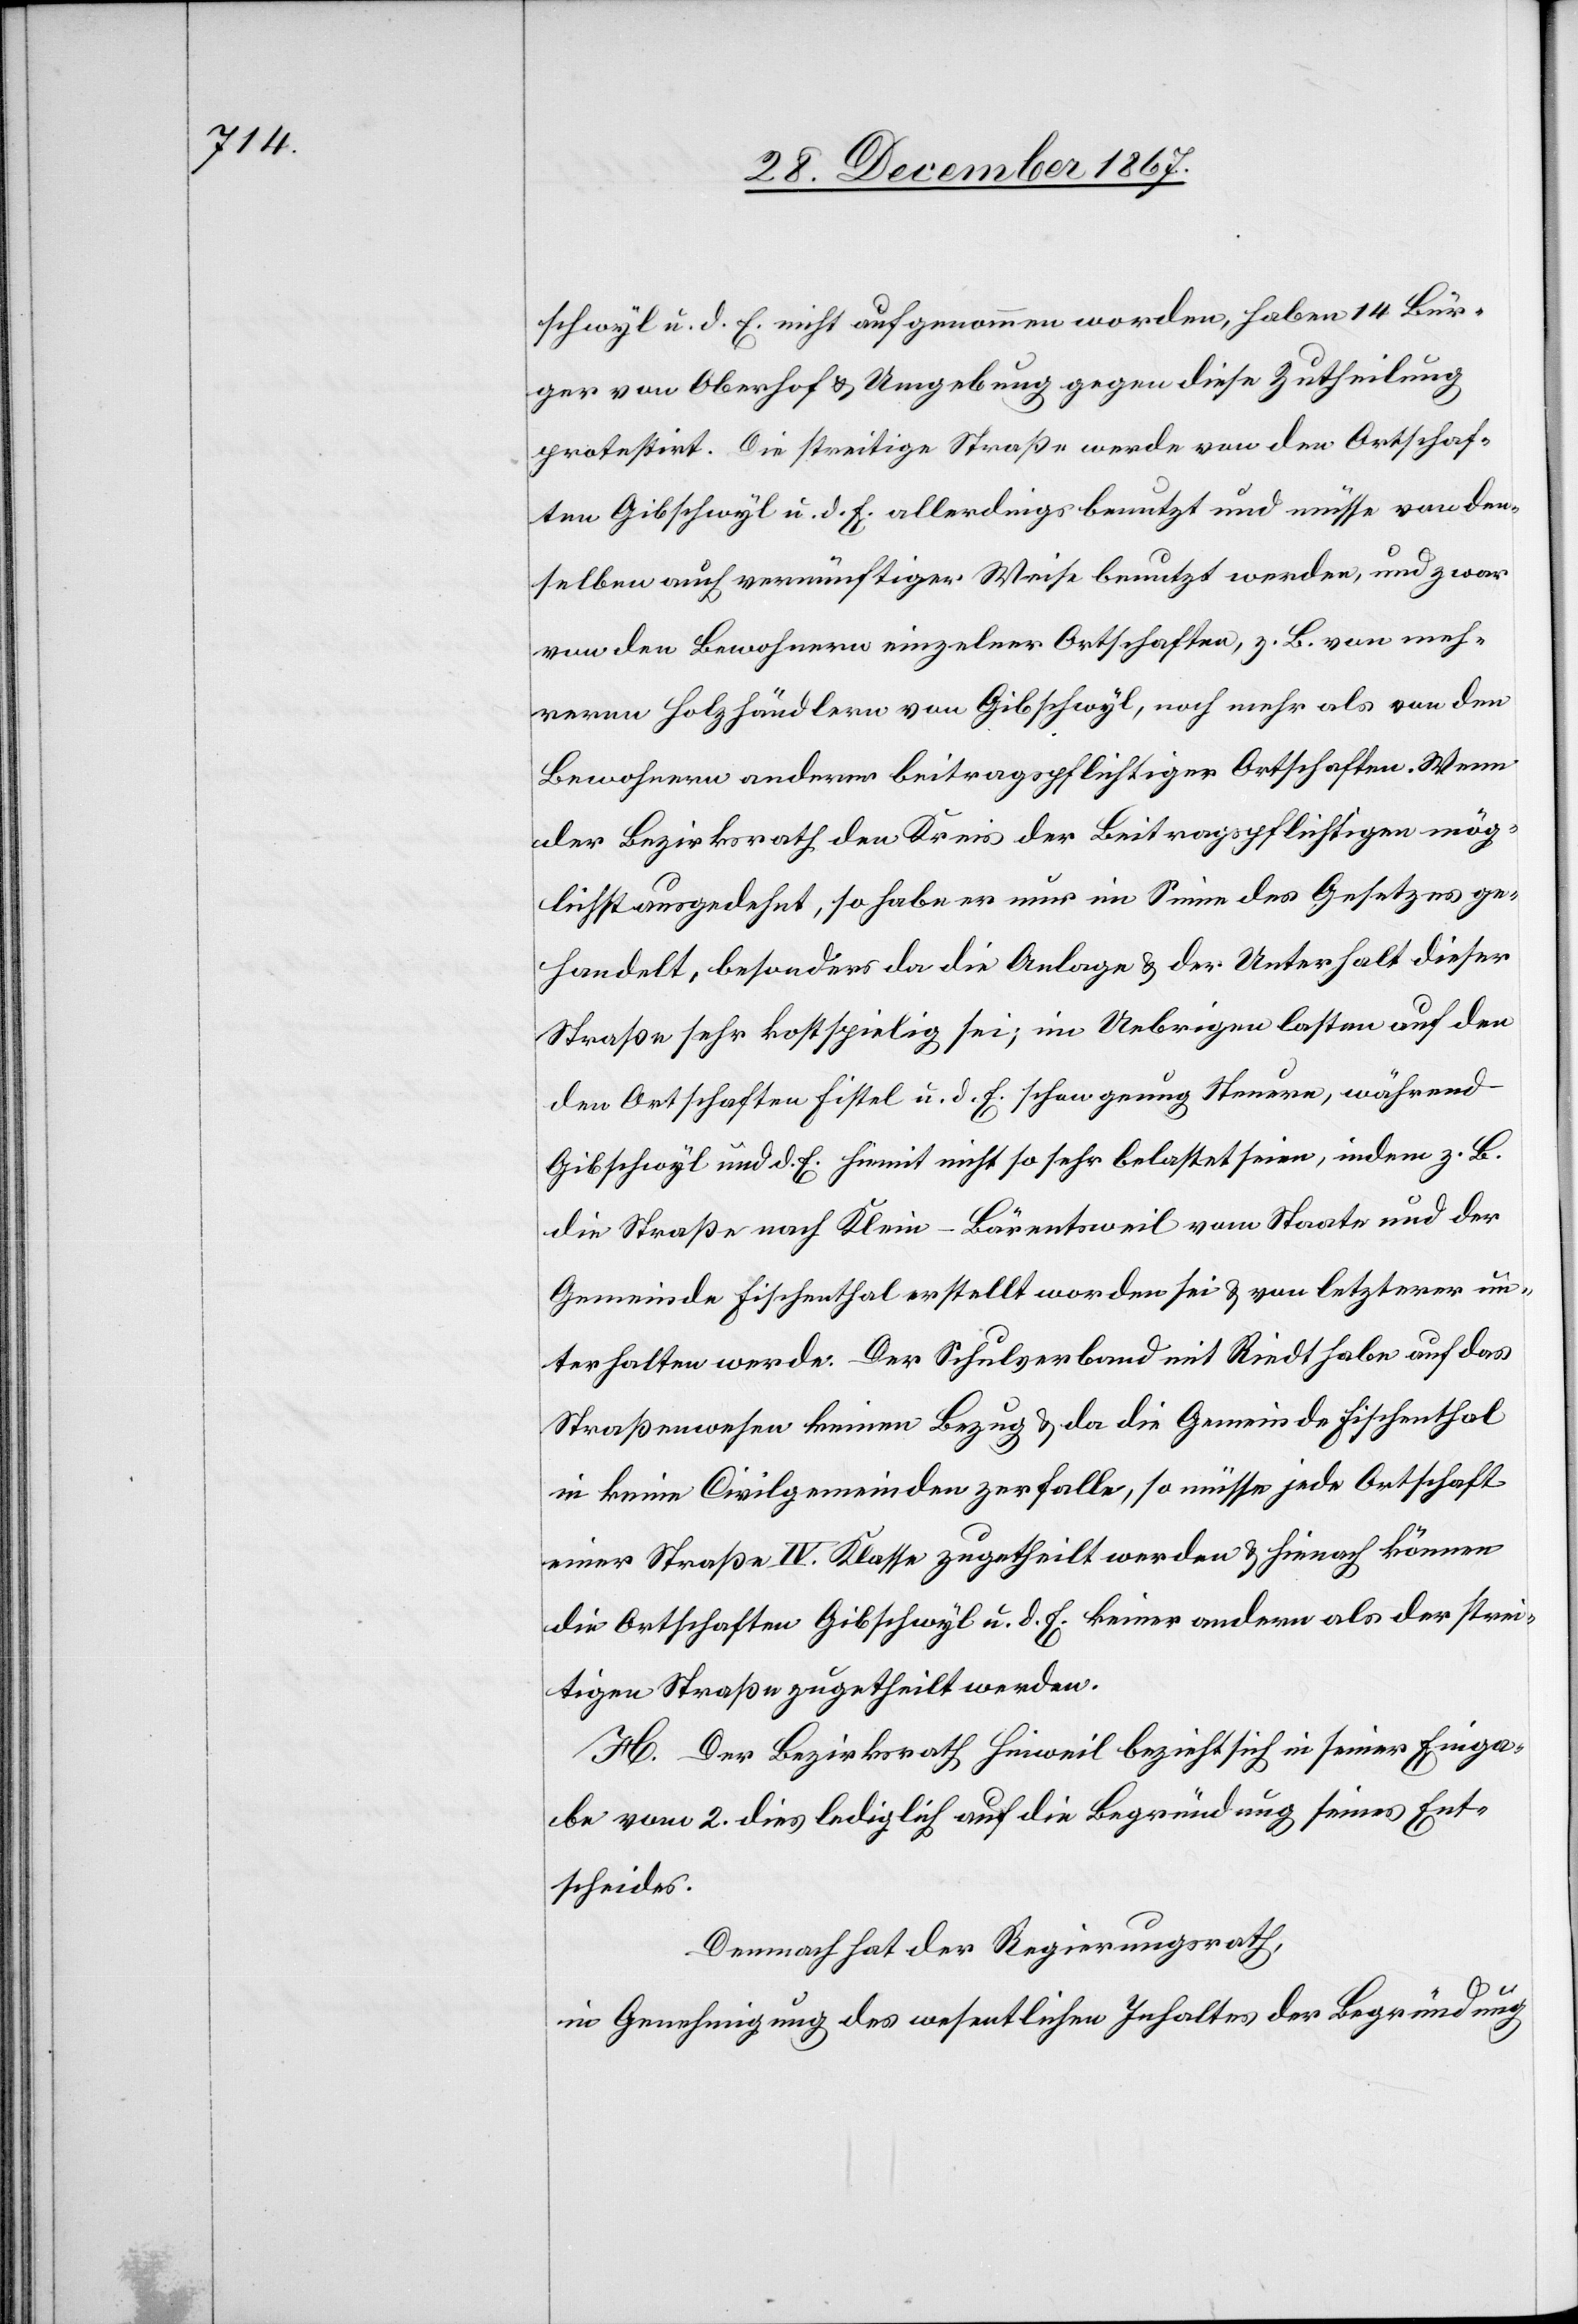
schwyl u. d. E. nicht aufgenommen worden, haben 14 Bür¬
ger von Oberhof u. Umgebung gegen diese Zutheilung
protestirt. Die streitige Straß€ werde von den Ortschaf¬
ten Gibschwyl u. d. E. allerdings benutzt und müssen von den¬
selben auch vernünftiger Weise benutzt werden, und zwar
von den Bewohnern einzelner Ortschaften, z. B. von meh¬
reren Holzhändlern von Gibschwyl, noch mehr als von den
Bewohnern anderer beitragspflichtiger Ortschaften. Wenn
der Bezirksrath den Kreis der Beitragspflichtigen mög¬
lichst ausgedehnt, so haber er nur im Sinne des Gesetzes ge¬
handelt, besonders da die Anlage u. der Unterhalt dieser
Straße sehr kostspielig sei; im Uebrigen lasten auf den
Ortschaften Fistel u. d. E. schon genug Steuern, während
Gibschwyl und d. E. hiemit nicht so sehr belastet seien, indem z. B.
die Straße nach Klein-Bärentsweil von Staate und der
Gemeinde Fischenthal erstellt worden sei u. von letzterer un¬
terhalten werde. Der Schulverband mit Riedt habe auf das
Straßenwesen keinen Bezug u. da die Gemeinde Fischenthal
in keine Civilgemeinden zerfalle, so müsse jede Ortschaft
einer Straße IV. Klasse zugetheilt werden u. hiedurch können
die Ortschaften Gibschwyl u. d. E. keiner andern als der strei¬
tigen Straße zugetheilt werden.
H. Der Bezirksrath Hinweil bezieht sich in seiner Einga¬
be vom 2. dies lediglich auf die Begründung seines Ent¬
scheides.
Demnach hat der Regierungsrath,
in Genehmigung des wesentlichen Inhaltes der Begründung